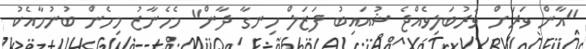
"އާން ވަރަށް ވަރުބަލިވެއްޖެ ޝުއައިބު ފަޒަލް ހިނގާ ދާން" މެހެނާޒު މިހެން ބުނުމާއެކު